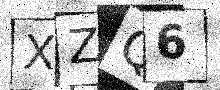
Text: XZQ6